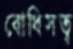
বোধিসত্ব